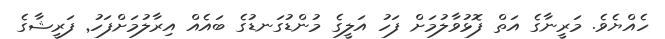
ހެއްޔެވެ. މަރީނާގެ އަތް ފޮޅުވާލުމަށް ފަހު އަލީގެ މުންޑުގަނޑުގެ ބައެއް އިރާލުމަށްފަހު